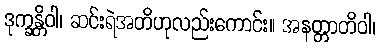
ဒုက္ခန္တိဝါ၊ ဆင်းရဲအတိဟုလည်းကောင်း။ အနတ္တာတိဝါ၊